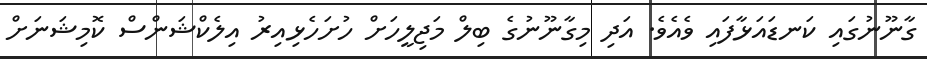
ގާނޫނުގައި ކަނޑައަޅާފައި ވެއެވެ. އަދި މިގާނޫނުގެ ބިލް މަޖިލީހަށް ހުށަހެޅިއިރު އިލެކްޝަންސް ކޮމިޝަނަށް